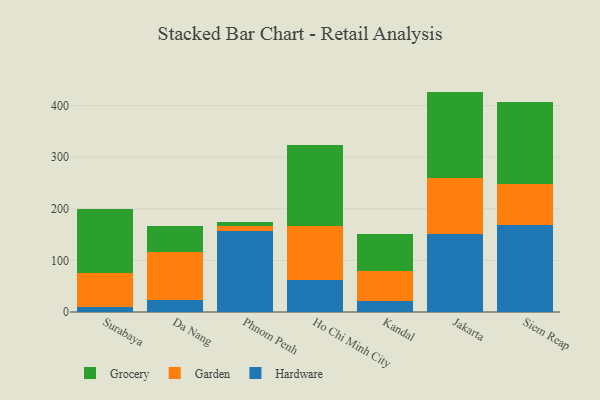
{"axis": {"x": "City", "y": "Waste Production (Tons)"}, "legend": ["Garden", "Grocery", "Hardware"], "data": [{"x": "Surabaya", "y": 9.7, "type": "Hardware"}, {"x": "Surabaya", "y": 66.8, "type": "Garden"}, {"x": "Surabaya", "y": 122.4, "type": "Grocery"}, {"x": "Da Nang", "y": 22.4, "type": "Hardware"}, {"x": "Da Nang", "y": 93.9, "type": "Garden"}, {"x": "Da Nang", "y": 50.9, "type": "Grocery"}, {"x": "Phnom Penh", "y": 156.5, "type": "Hardware"}, {"x": "Phnom Penh", "y": 9.7, "type": "Garden"}, {"x": "Phnom Penh", "y": 7.8, "type": "Grocery"}, {"x": "Ho Chi Minh City", "y": 61.5, "type": "Hardware"}, {"x": "Ho Chi Minh City", "y": 104.6, "type": "Garden"}, {"x": "Ho Chi Minh City", "y": 157.6, "type": "Grocery"}, {"x": "Kandal", "y": 21.9, "type": "Hardware"}, {"x": "Kandal", "y": 58.2, "type": "Garden"}, {"x": "Kandal", "y": 72.0, "type": "Grocery"}, {"x": "Jakarta", "y": 150.3, "type": "Hardware"}, {"x": "Jakarta", "y": 109.7, "type": "Garden"}, {"x": "Jakarta", "y": 167.1, "type": "Grocery"}, {"x": "Siem Reap", "y": 168.5, "type": "Hardware"}, {"x": "Siem Reap", "y": 79.3, "type": "Garden"}, {"x": "Siem Reap", "y": 158.4, "type": "Grocery"}]}